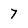
Character: 7